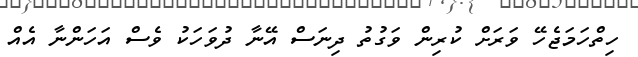
ހިތްހަމަޖެހޭ ވަރަށް ކުރިން ވަގުތު ދިނަސް އޭނާ ދުވަހަކު ވެސް އަހަންނާ އެއް